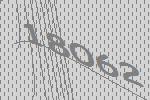
18062